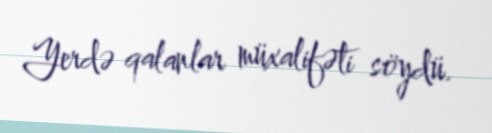
Yerdə qalanlar müxalifəti söydü.